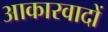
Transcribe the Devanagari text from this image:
आकारवादों